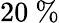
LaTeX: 20\ \%